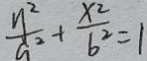
\frac { y ^ { 2 } } { a ^ { 2 } } + \frac { x ^ { 2 } } { b ^ { 2 } } = 1